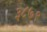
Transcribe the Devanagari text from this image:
३८७९